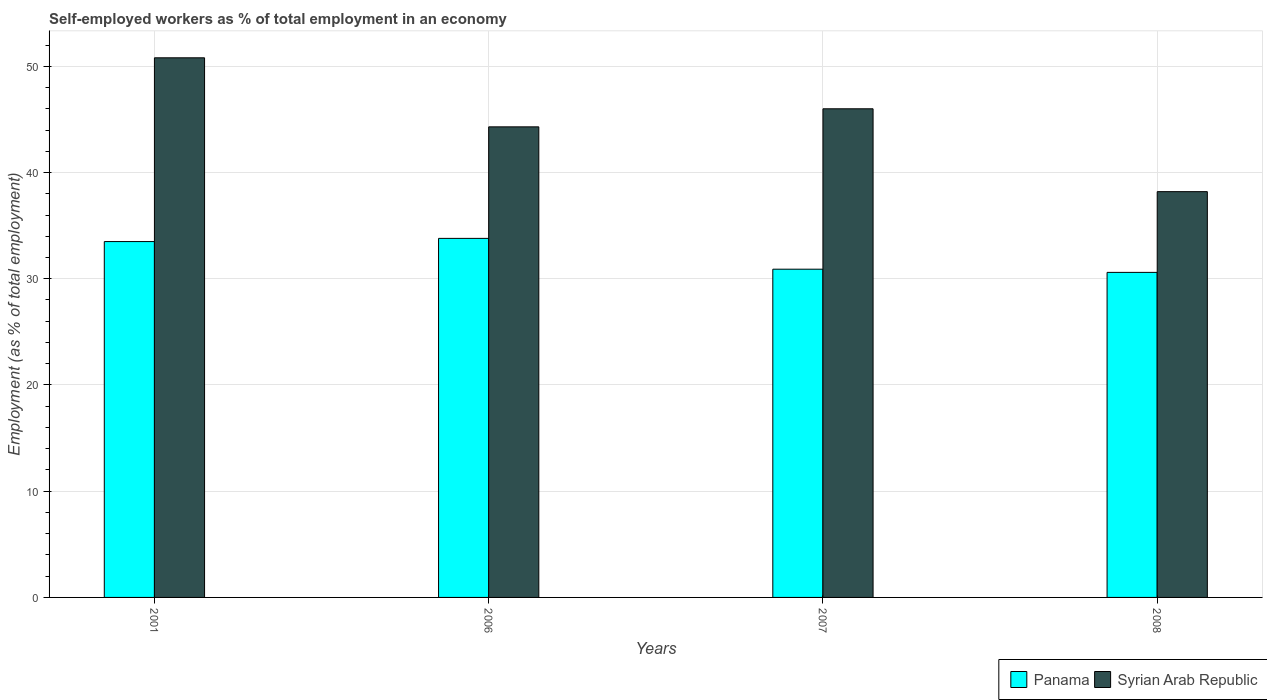
| Years | Panama | Syrian Arab Republic |
 | --- | --- | --- |
 | 2001 | 33.5 | 50.8 |
 | 2006 | 33.8 | 44.3 |
 | 2007 | 30.9 | 46 |
 | 2008 | 30.6 | 38.2 |